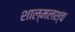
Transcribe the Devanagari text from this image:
शाल्मलश्च